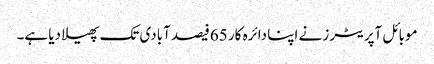
موبائل آپریٹرز نے اپنا دائرہ کار 65فیصد آبادی تک پھیلا دیا ہے۔